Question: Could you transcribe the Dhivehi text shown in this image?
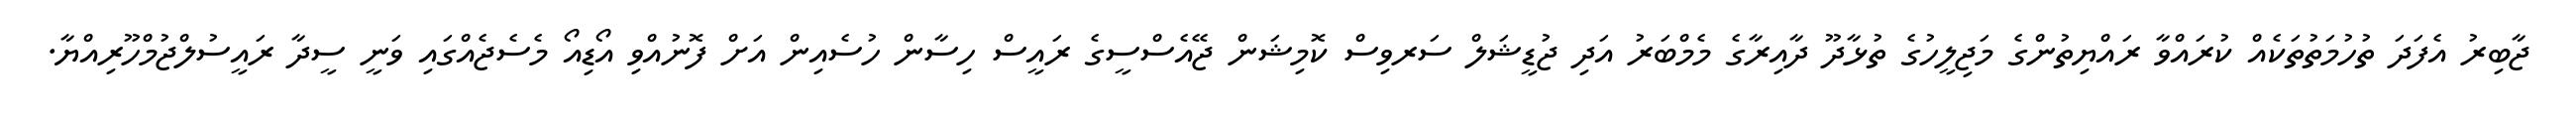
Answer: ޖާބިރު އެފަދަ ތުހުމަތުތަކެއް ކުރައްވާ ރައްޔިތުންގެ މަޖިލީހުގެ ތުޅާދޫ ދާއިރާގެ މެމްބަރު އަދި ޖުޑީޝަލް ސަރވިސް ކޮމިޝަން ޖޭއެސްސީގެ ރައީސް ހިސާން ހުސެއިން އަށް ފޮނުއްވި އޯޑިއޯ މެސެޖެއްގައި ވަނީ ސީދާ ރައީސުލްޖުމްހޫރިއްޔާ.